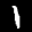
Label: 1